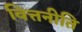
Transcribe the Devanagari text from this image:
वित्तनीति